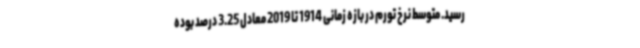
رسید. متوسط نرخ تورم در بازه زمانی 1914 تا 2019 معادل 3.25 درصد بوده